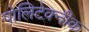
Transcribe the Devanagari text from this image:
पोलिटेक्नीक